Bombay plague: being a history of the progress of plague in the Bombay presidency from September 1896 to June 1899
Year: 1896
Disease focus: Plague
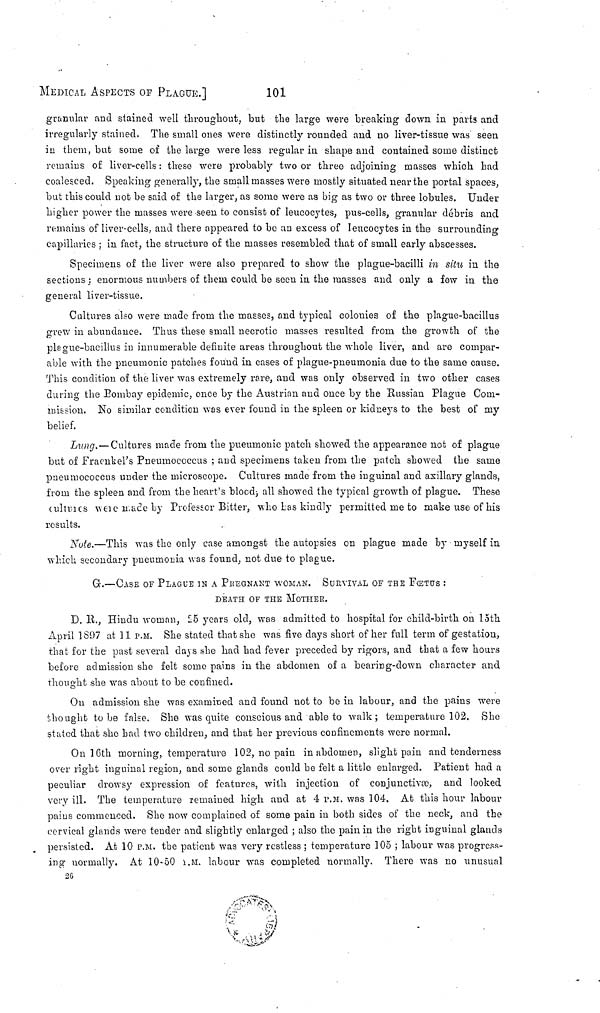
MEDICAL ASPECTS of PLAGUE.]
101
granular and stained well throughout, but the large were breaking down in parts and
irregularly stained. The small ones were distinctly rounded and no liver-tissue was seen
in them, but some of the large were less regular in shape and contained some distinct
remains of liver-cells : these were probably two or three adjoining masses which had
coalesced. Speaking generally, the small masses were mostly situated near the portal spaces,
but this could not be said of the larger, as some were as big as two or three lobules. Under
higher power the masses were seen to consist of leucocytes, pus-cells, granular débris and
remains of liver-cells, and there appeared to be an excess of leucocytes in the surrounding
capillaries ; in fact, the structure of the masses resembled that of small early abscesses.
Specimens of the liver were also prepared to show the plague-bacilli in situ in the
sections; enormous numbers of them could be seen in the masses and only a few in the
general liver-tissue.
Cultures also were made from the masses, and typical colonies of the plague-bacillus
grew in abundance. Thus these small necrotic masses resulted from, the growth of the
plague-bacillus in innumerable definite areas throughout the whole liver, and are compar-
able with the pneumonic patches found in cases of plague-pneumonia due to the same cause.
This condition of the liver was extremely rare, and was only observed in two other cases
during the Bombay epidemic, once by the Austrian and once by the Russian Plague Com-
mission. No similar condition was ever found in the spleen or kidneys to the best of my
belief.
Lung.—Cultures made from the pneumonic patch showed the appearance not of plague
but of Fraenkel's Pneumococcus ; and specimens taken from the patch showed the same
pneumococcns under the microscope. Cultures made from the inguinal and axillary glands,
from the spleen and from the heart's blood, all showed the typical growth of plague. These
cultures were made by Professor Bitter, who Las kindly permitted me to make use of his
results.
Note.—This was the only case amongst the autopsies on plague made by myself in
which secondary pneumonia was found, not due to plague.
G·.—CASE of PLAGUE IN A Pregnant WOMAN. SURVIVAL OF THE FŒTUS :
DEATH OF THE MOTHER.
D. B., Hindu woman, 25 years old, was admitted to hospital for child-birth on loth
April 1S97 at 11 P.M. She stated that she was five days short of her full term of gestation,
that for the past several days she had had fever preceded by rigors, and that a few hours
before admission she felt some pains in the abdomen of a bearing-down character and
thought she was about to be confined.
On admission she was examined and found not to be in labour, and the pains were
thought to be false. She was quite conscious and able to walk ; temperature 102. She
stated that she had two children, and that her previous confinements were normal.
On 16th morning, temperature 102, no pain in abdomen, slight pain and tenderness
over right inguinal region, and some glands could be felt a little enlarged. Patient had a
peculiar drowsy expression of features, with injection of conjunctiva), and looked
very ill. The temperature remained high and at 4 P.M. was 104. At this hour labour
pains commenced. She now complained of some pain in both sides of the neck, and the
cervical glands were tender and slightly enlarged ; also the pain in the right inguinal glands
persisted. At 10 P.M. the patient was very restless ; temperature 105 ; labour was progress-
ing normally. At 10-50 I.M. labour was completed normally. There was no unusual
26